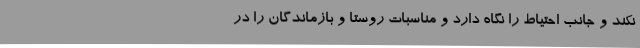
نکند و جانب احتیاط را نگاه دارد و مناسبات روستا و بازماندگان را در